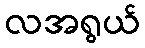
လအရွယ်